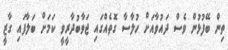
ތިން ބޭފުޅުން ވެސް ދައުވާއަށް ހުލާސާ ގޮތެއްގައި ޖަވާބުދާރީވީ ކަމަށް ބަލާފައި ގާޒީ